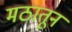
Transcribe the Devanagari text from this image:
मठातून